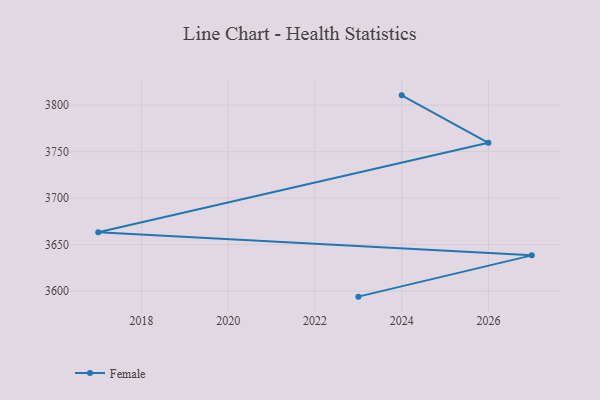
{"axis": {"x": "Year", "y": "Churn Rate (%)"}, "legend": ["Female"], "data": [{"x": "2024", "y": 3810.5, "type": "Female"}, {"x": "2026", "y": 3759.5, "type": "Female"}, {"x": "2017", "y": 3663.2, "type": "Female"}, {"x": "2027", "y": 3638.4, "type": "Female"}, {"x": "2023", "y": 3594.0, "type": "Female"}]}